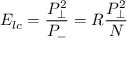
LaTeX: E _ { l c } = { \frac { P _ { \perp } ^ { 2 } } { P _ { - } } } = R { \frac { P _ { \perp } ^ { 2 } } { N } }